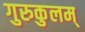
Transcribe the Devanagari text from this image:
गुरुकुलम्